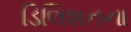
ડિલિશનના